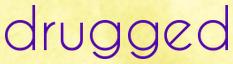
drugged